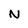
Character: N